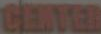
CENTER